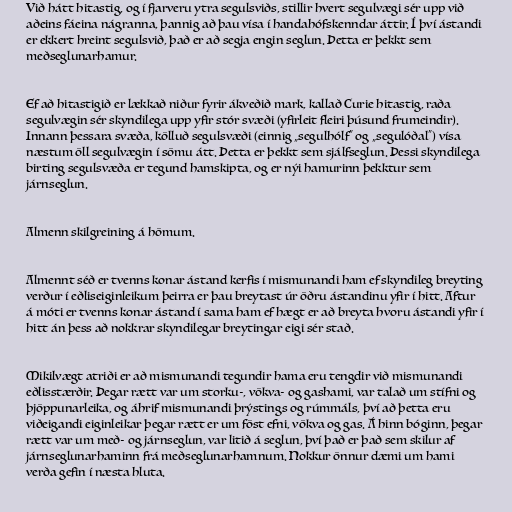
Við hátt hitastig, og í fjarveru ytra segulsviðs, stillir hvert segulvægi sér upp við
aðeins fáeina nágranna, þannig að þau vísa í handahófskenndar áttir. Í því ástandi
er ekkert hreint segulsvið, það er að segja engin seglun. Þetta er þekkt sem
meðseglunarhamur.

Ef að hitastigið er lækkað niður fyrir ákveðið mark, kallað Curie hitastig, raða
segulvægin sér skyndilega upp yfir stór svæði (yfirleit fleiri þúsund frumeindir).
Innann þessara svæða, kölluð segulsvæði (einnig „segulhólf“ og „segulóðal“) vísa
næstum öll segulvægin í sömu átt. Þetta er þekkt sem sjálfseglun. Þessi skyndilega
birting segulsvæða er tegund hamskipta, og er nýi hamurinn þekktur sem
járnseglun.

Almenn skilgreining á hömum.

Almennt séð er tvenns konar ástand kerfis í mismunandi ham ef skyndileg breyting
verður í eðliseiginleikum þeirra er þau breytast úr öðru ástandinu yfir í hitt. Aftur
á móti er tvenns konar ástand í sama ham ef hægt er að breyta hvoru ástandi yfir í
hitt án þess að nokkrar skyndilegar breytingar eigi sér stað.

Mikilvægt atriði er að mismunandi tegundir hama eru tengdir við mismunandi
eðlisstærðir. Þegar rætt var um storku-, vökva- og gashami, var talað um stífni og
þjöppunarleika, og áhrif mismunandi þrýstings og rúmmáls, því að þetta eru
viðeigandi eiginleikar þegar rætt er um föst efni, vökva og gas. Á hinn bóginn, þegar
rætt var um með- og járnseglun, var litið á seglun, því það er það sem skilur af
járnseglunarhaminn frá meðseglunarhamnum. Nokkur önnur dæmi um hami
verða gefin í næsta hluta.